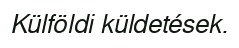
Külföldi küldetések.